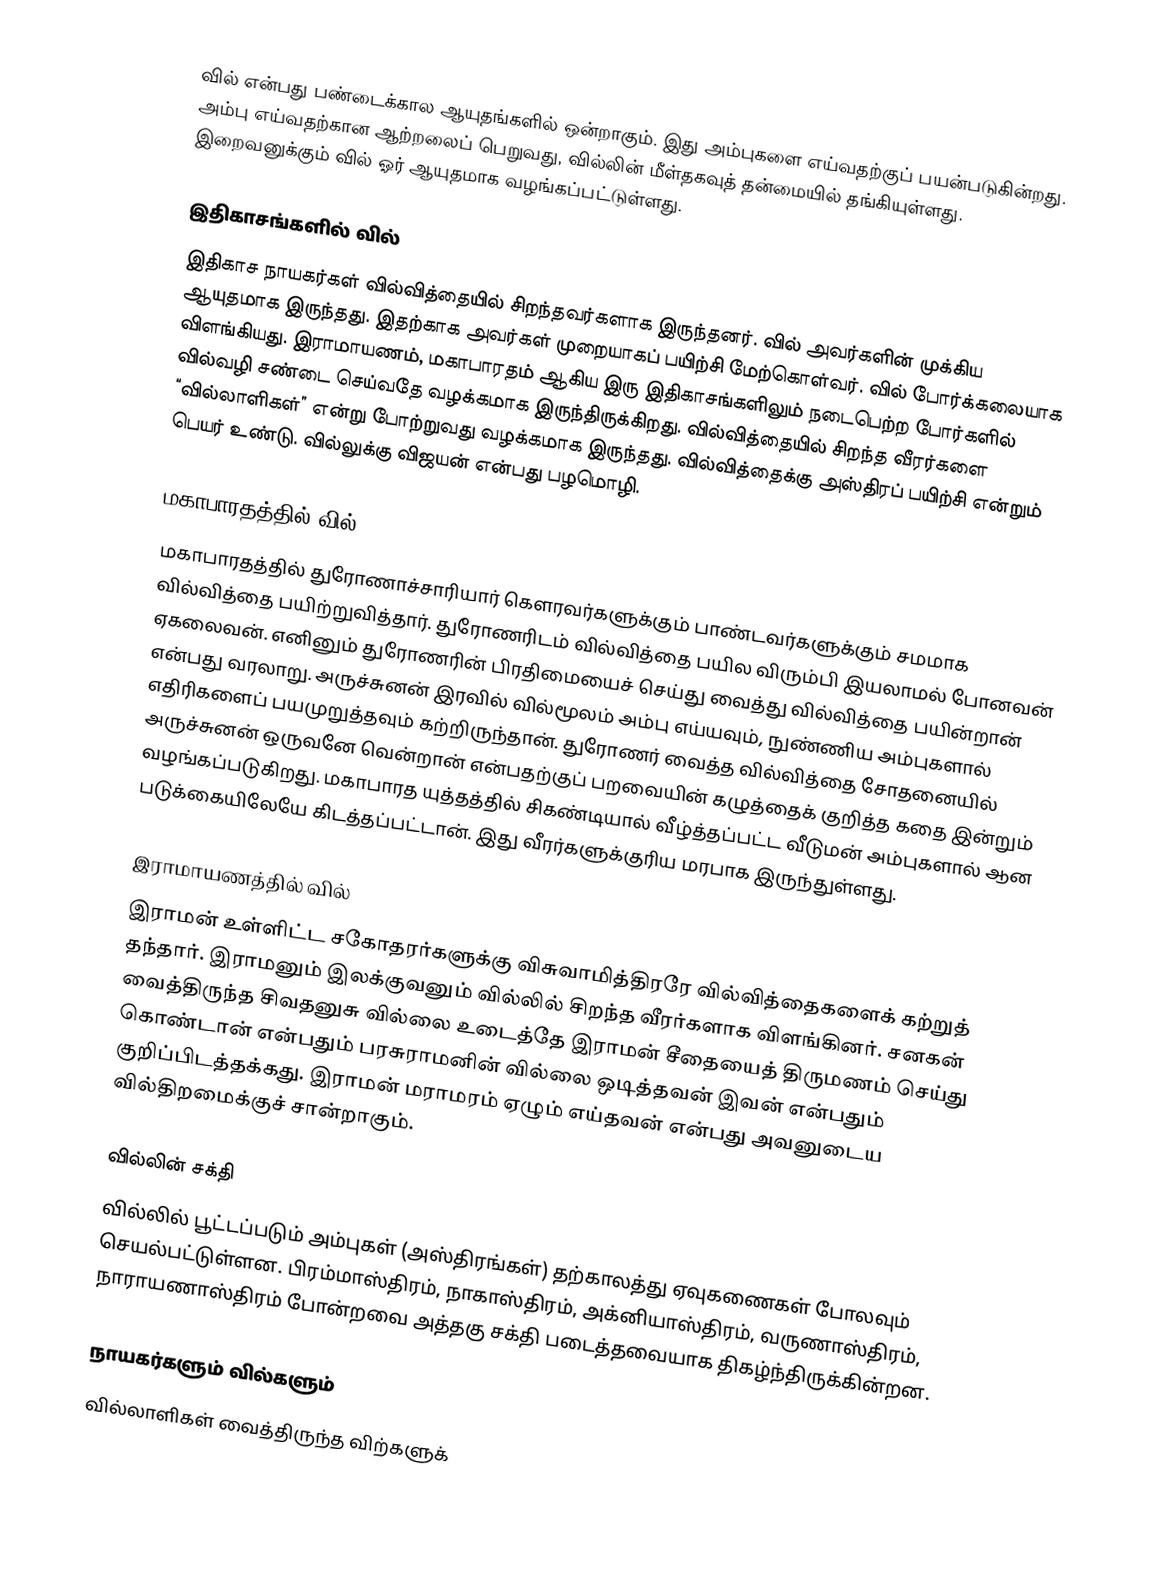
வில் என்பது பண்டைக்கால ஆயுதங்களில் ஒன்றாகும். இது அம்புகளை எய்வதற்குப் பயன்படுகின்றது. அம்பு எய்வதற்கான ஆற்றலைப் பெறுவது, வில்லின் மீள்தகவுத் தன்மையில் தங்கியுள்ளது. இறைவனுக்கும் வில் ஓர் ஆயுதமாக வழங்கப்பட்டுள்ளது.

இதிகாசங்களில் வில்
இதிகாச நாயகர்கள் வில்வித்தையில் சிறந்தவர்களாக இருந்தனர். வில் அவர்களின் முக்கிய ஆயுதமாக இருந்தது. இதற்காக அவர்கள் முறையாகப் பயிற்சி மேற்கொள்வர். வில் போர்க்கலையாக விளங்கியது. இராமாயணம், மகாபாரதம் ஆகிய இரு இதிகாசங்களிலும் நடைபெற்ற போர்களில் வில்வழி சண்டை செய்வதே வழக்கமாக இருந்திருக்கிறது. வில்வித்தையில் சிறந்த வீரர்களை “வில்லாளிகள்” என்று போற்றுவது வழக்கமாக இருந்தது. வில்வித்தைக்கு அஸ்திரப் பயிற்சி என்றும் பெயர் உண்டு. வில்லுக்கு விஜயன் என்பது பழமொழி.

மகாபாரதத்தில் வில்
மகாபாரதத்தில் துரோணாச்சாரியார் கௌரவர்களுக்கும் பாண்டவர்களுக்கும் சமமாக வில்வித்தை பயிற்றுவித்தார். துரோணரிடம் வில்வித்தை பயில விரும்பி இயலாமல் போனவன் ஏகலைவன். எனினும் துரோணரின் பிரதிமையைச் செய்து வைத்து வில்வித்தை பயின்றான் என்பது வரலாறு. அருச்சுனன் இரவில் வில்மூலம் அம்பு எய்யவும், நுண்ணிய அம்புகளால் எதிரிகளைப் பயமுறுத்தவும் கற்றிருந்தான். துரோணர் வைத்த வில்வித்தை சோதனையில் அருச்சுனன் ஒருவனே வென்றான் என்பதற்குப் பறவையின் கழுத்தைக் குறித்த கதை இன்றும் வழங்கப்படுகிறது. மகாபாரத யுத்தத்தில் சிகண்டியால் வீழ்த்தப்பட்ட வீடுமன் அம்புகளால் ஆன படுக்கையிலேயே கிடத்தப்பட்டான். இது வீரர்களுக்குரிய மரபாக இருந்துள்ளது.

இராமாயணத்தில் வில்
இராமன் உள்ளிட்ட சகோதரர்களுக்கு விசுவாமித்திரரே வில்வித்தைகளைக் கற்றுத் தந்தார். இராமனும் இலக்குவனும் வில்லில் சிறந்த வீரர்களாக விளங்கினர். சனகன் வைத்திருந்த சிவதனுசு வில்லை உடைத்தே இராமன் சீதையைத் திருமணம் செய்து கொண்டான் என்பதும் பரசுராமனின் வில்லை ஒடித்தவன் இவன் என்பதும் குறிப்பிடத்தக்கது. இராமன் மராமரம் ஏழும் எய்தவன் என்பது அவனுடைய வில்திறமைக்குச் சான்றாகும்.

வில்லின் சக்தி
வில்லில் பூட்டப்படும் அம்புகள் (அஸ்திரங்கள்) தற்காலத்து ஏவுகணைகள் போலவும் செயல்பட்டுள்ளன. பிரம்மாஸ்திரம், நாகாஸ்திரம், அக்னியாஸ்திரம், வருணாஸ்திரம், நாராயணாஸ்திரம் போன்றவை அத்தகு சக்தி படைத்தவையாக திகழ்ந்திருக்கின்றன.

நாயகர்களும் வில்களும்
வில்லாளிகள் வைத்திருந்த விற்களுக்